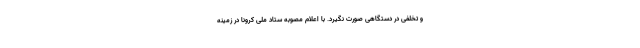
و تخلفی در دستگاهی صورت نگیرد. با اعلام مصوبه ستاد ملی کرونا در زمینه